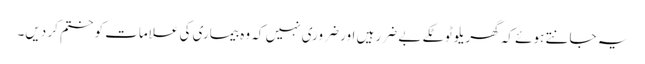
یہ جانتے ہوئے کہ گھریلو ٹوٹکے بے ضرر ہیں اور ضروری نہیں کہ وہ بیماری کی علامات کو ختم کر دیں۔